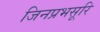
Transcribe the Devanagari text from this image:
जिनप्रभसूरि